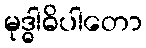
မုဒ္ဓါဓိပါတော